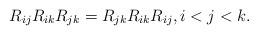
\begin{gather*}R_{ij} R_{ik} R_{jk} =R_{jk} R_{ik} R_{ij},i < j < k.\end{gather*}